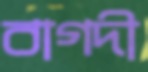
বাগদী